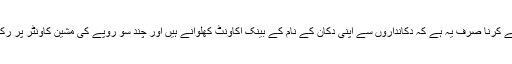
حکومت نے کرنا صرف یہ ہے کہ دکانداروں سے اپنی دکان کے نام کے بینک اکاؤنٹ کھلوانے ہیں اور چند سو روپے کی مشین کاؤنٹر پر رکھوانی ہے۔